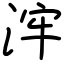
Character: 浶